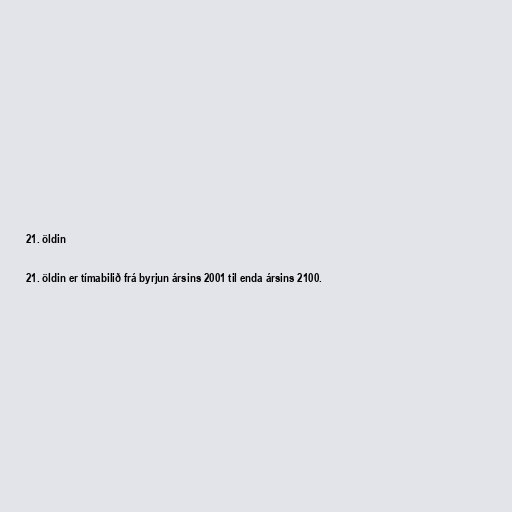
21. öldin

21. öldin er tímabilið frá byrjun ársins 2001 til enda ársins 2100.